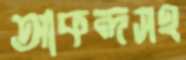
আকন্দসহ